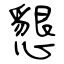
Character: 懇